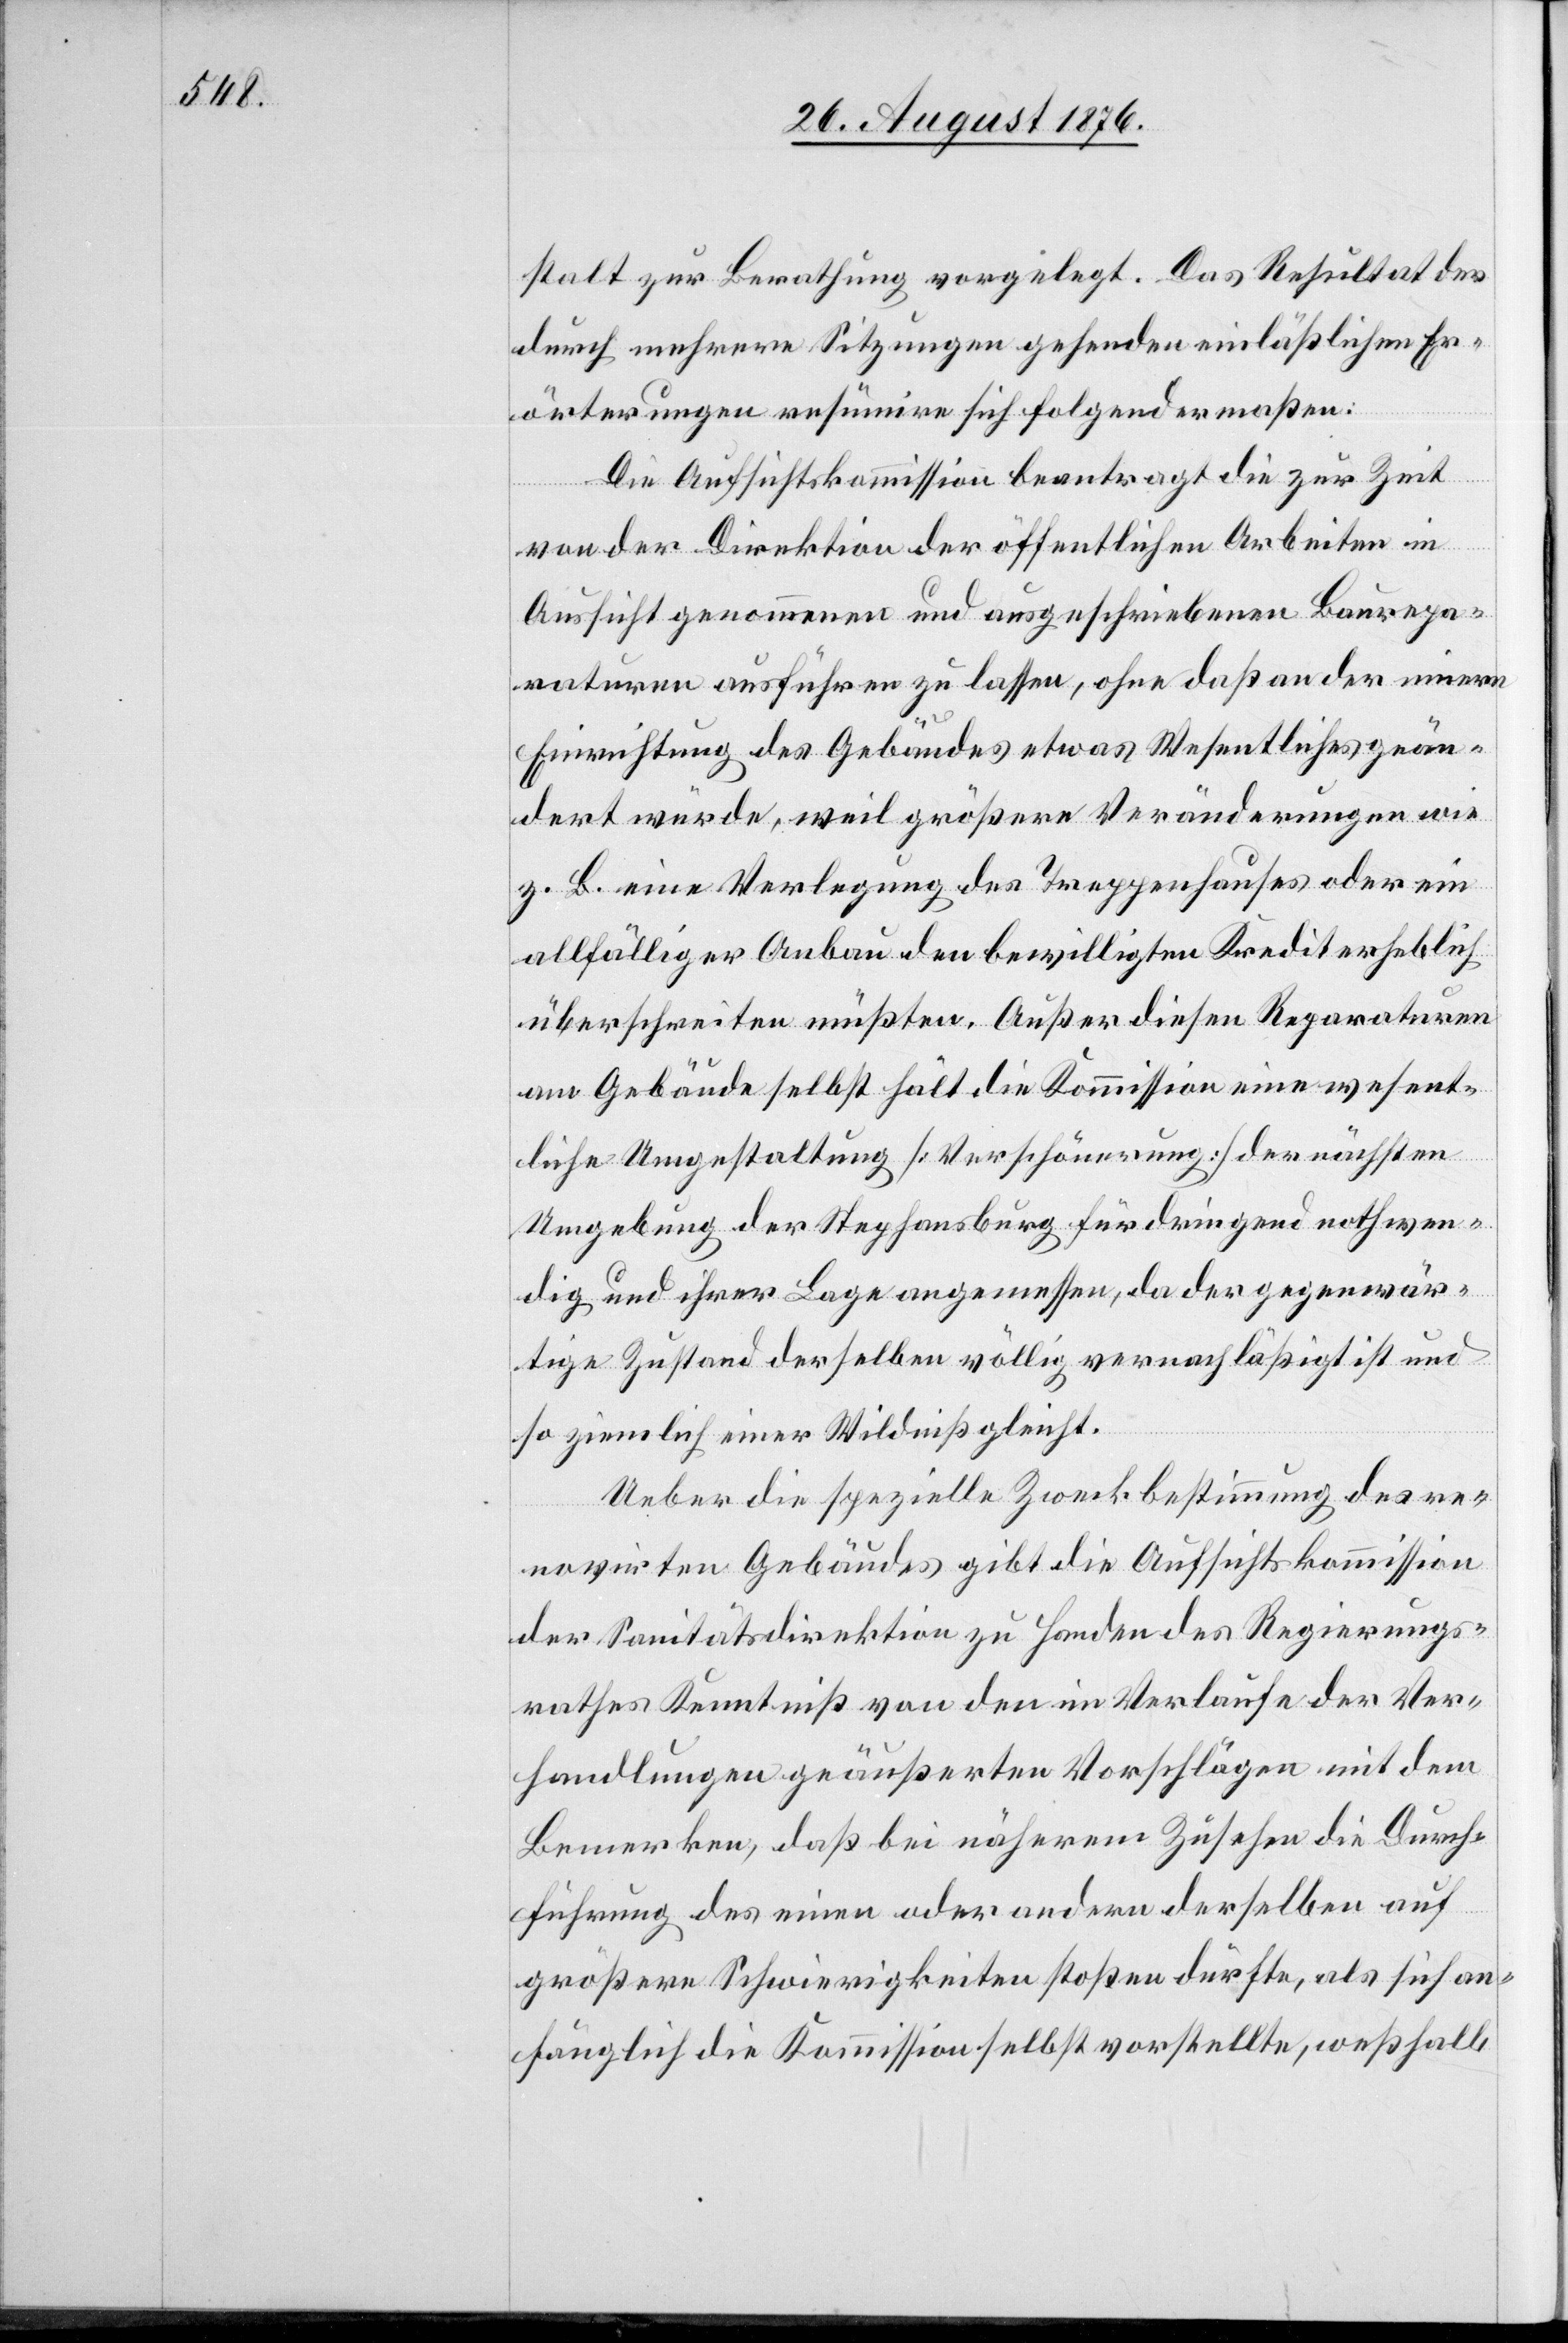
stalt zur Berathung vorgelegt. Das Resultat der
durch mehrere Sitzungen gehenden einläßlichen Er¬
örterungen resümire sich folgendermaßen:
Die Aufsichtskommission beantragt die zur Zeit
von der Direktion der öffentlichen Arbeiten in
Aussicht genommenen und ausgeschriebenen Baurepa¬
raturen ausführen zu lassen, ohne daß an der innern
Einrichtung des Gebäudes etwas Wesentliches geän¬
dert würde, weil größere Veränderungen wie
z. B. eine Verlegung des Treppenhauses oder ein
allfälliger Anbau den bewilligten Kredit erheblich
überschreiten müßten. Außer diesen Reparaturen
am Gebäude selbst hält die Kommission eine wesent¬
liche Umgestaltung [Verschönerung] der nächsten
Umgebung der Stephansburg für dringend nothwen¬
dig und ihrer Lage angemessen, da der gegenwär¬
tige Zustand derselben völlig vernachlässigt ist und
so ziemlich einer Wildniß gleicht.
Ueber die spezielle Zweckbestimmung des re¬
novirten Gebäudes gibt die Aufsichtskommission
der Sanitätsdirektion zu Handen des Regierungs¬
rathes Kenntniß von den im Verlaufe der Ver¬
handlungen geäußerten Vorschlägen mit dem
Bemerken, daß bei näherem Zusehen die Durch¬
führung des einen oder andern derselben auf
größere Schwierigkeiten stoßen dürfte, als sich an¬
fänglich die Kommission selbst vorstellte, weßhalb